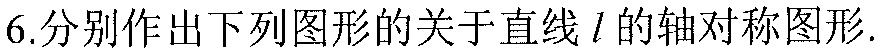
6.分别作出下列图形的关于直线\(l\)的轴对称图形.